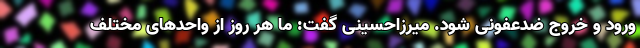
ورود و خروج ضدعفونی شود. میرزاحسینی گفت: ما هر روز از واحدهای مختلف